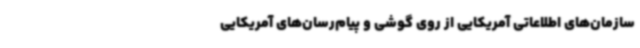
سازمان‌های اطلاعاتی آمریکایی از روی گوشی و پیام‌رسان‌های آمریکایی